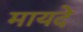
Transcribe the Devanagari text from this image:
मायदे